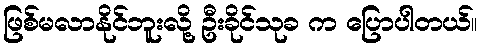
ဖြစ်မလာနိုင်ဘူးလို့ ဦးခိုင်သုခ က ပြောပါတယ်။